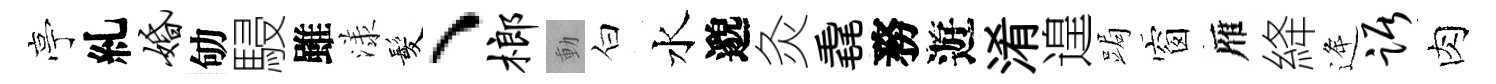
亭糺婚劬駸雖漾髪、榔動白水邈灸毳務遊淆遑跼窗雁絳逄踞肉